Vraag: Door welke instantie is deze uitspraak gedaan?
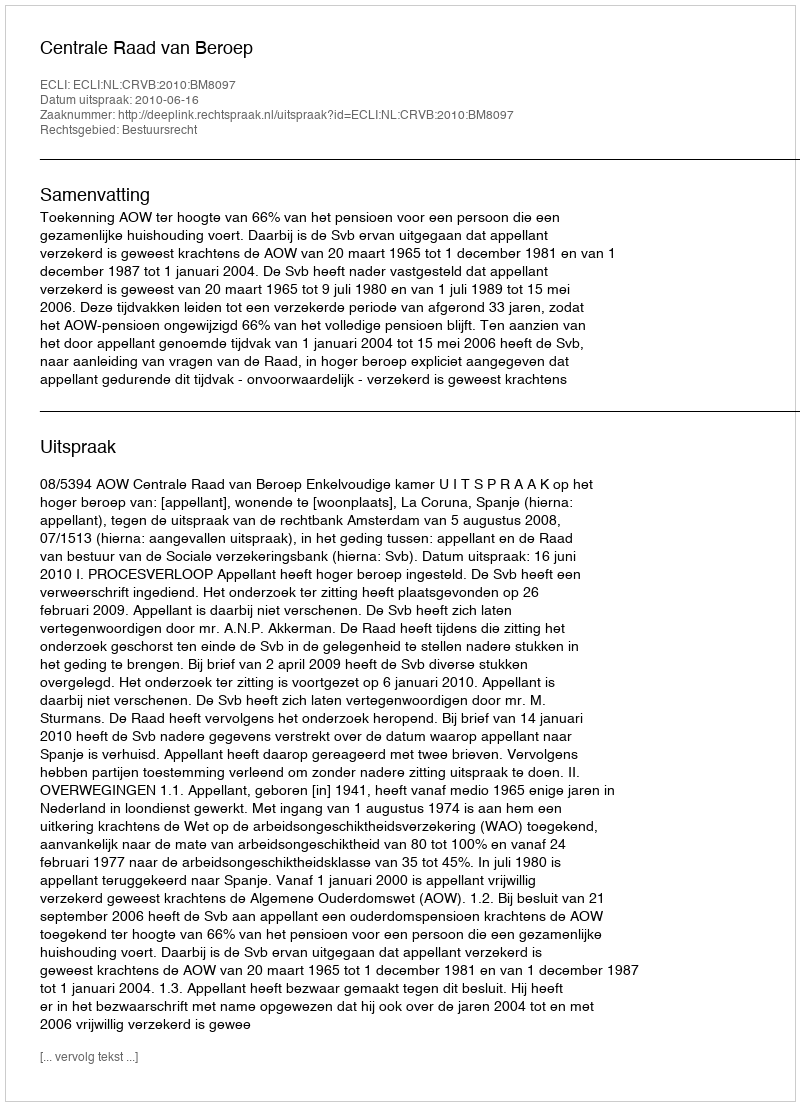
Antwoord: Centrale Raad van Beroep